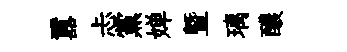
囂忐黨婵曁璃醲